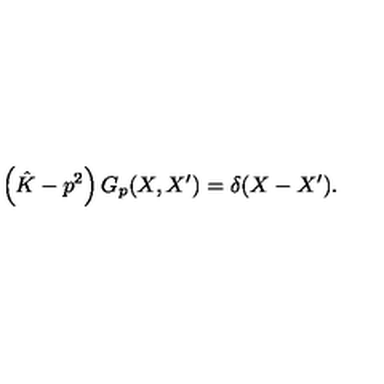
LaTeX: \left( \hat { K } - p ^ { 2 } \right) G _ { p } ( X , X ^ { \prime } ) = \delta ( X - X ^ { \prime } ) .